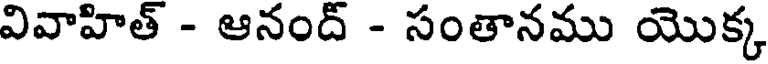
వివాహిత్ - ఆనంద్ - సంతానము యొక్క